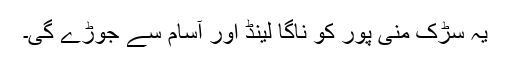
یہ سڑک منی پور کو ناگا لینڈ اور آسام سے جوڑے گی۔